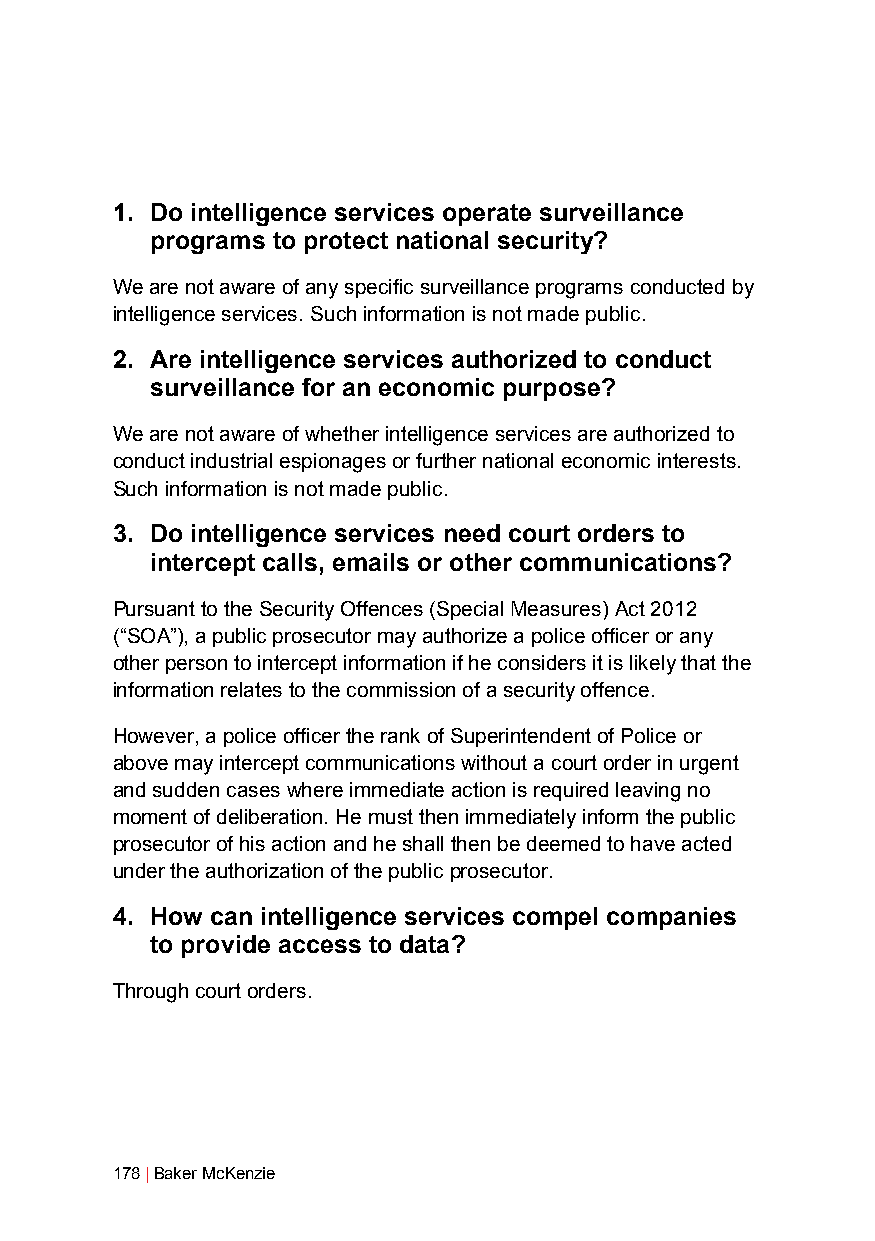
1. Do intelligence services operate surveillance
 programs to protect national security?
 We are not aware of any specific surveillance programs conducted by
 intelligence services. Such information is not made public.
 2. Are intelligence services authorized to conduct
 surveillance for an economic purpose?
 We are not aware of whether intelligence services are authorized to
 conduct industrial espionages or further national economic interests.
 Such information is not made public.
 3. Do intelligence services need court orders to
 intercept calls, emails or other communications?
 Pursuant to the Security Offences (Special Measures) Act 2012
 (“SOA”), a public prosecutor may authorize a police officer or any
 other person to intercept information if he considers it is likely that the
 information relates to the commission of a security offence.
 However, a police officer the rank of Superintendent of Police or
 above may intercept communications without a court order in urgent
 and sudden cases where immediate action is required leaving no
 moment of deliberation. He must then immediately inform the public
 prosecutor of his action and he shall then be deemed to have acted
 under the authorization of the public prosecutor.
 4. How can intelligence services compel companies
 to provide access to data?
 Through court orders.
 178 | Baker McKenzie